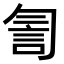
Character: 𧥻